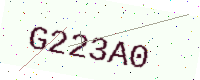
Text: G223A0